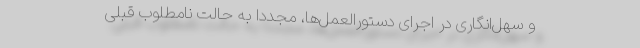
و سهل‌انگاری در اجرای دستورالعمل‌ها، مجدداً به حالت نامطلوب قبلی